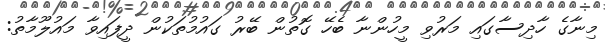
މިނާގެ ހާދިސާގައި މަރުވި މީހުންނާ ބެހޭ ގޮތުން ބޭރު ގައުމުތަކުން ދީފައިވާ މައުލޫމާތު: